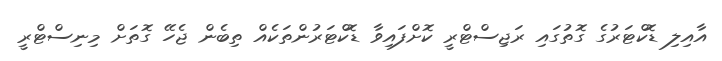
އާއިލި ޑޮކްޓަރުގެ ގޮތުގައި ރަޖިސްޓްރީ ކޮށްފައިވާ ޑޮކްޓަރުންތަކެއް ތިބެން ޖެހޭ ގޮތަށް މިނިސްޓްރީ